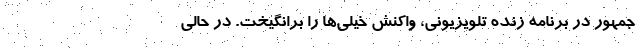
جمهور در برنامه زنده تلویزیونی، واکنش خیلی‌ها را برانگیخت. در حالی